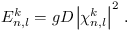
E _ { n , l } ^ { k } = g D \left| { \chi _ { n , l } ^ { k } } \right| ^ { 2 } \, .